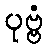
ပုဗ္ဗံ